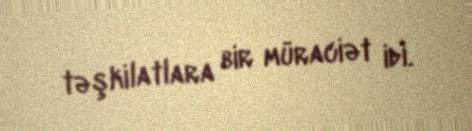
təşkilatlara bir müraciət idi.